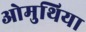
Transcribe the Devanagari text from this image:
ओमुथिया